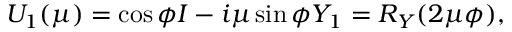
U _ { 1 } ( \mu ) = \cos \phi I - i \mu \sin \phi Y _ { 1 } = R _ { Y } ( 2 \mu \phi ) ,